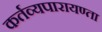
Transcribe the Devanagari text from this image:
कर्तव्यपारायण्ता